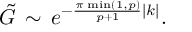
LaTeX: \displaystyle \tilde { G } \, \sim \, e ^ { - \frac { \pi \, \operatorname * { m i n } ( 1 , p ) } { p + 1 } | k | } .